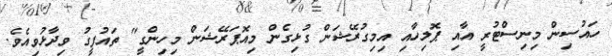
ހައުސިން މިނިސްޓުރީ އާއި ޕޮލިހާއި އިމިގުރޭޝަން ގުޅިގެން މިއޮޕަރޭޝަން މިހިންގީ" ތައުފީގު ވިދާޅުވިއެވެ.